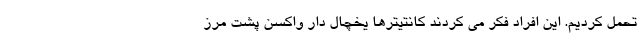
تحمل کردیم. این افراد فکر می کردند کانتیترها یخچال دار واکسن پشت مرز